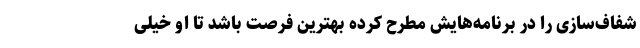
شفاف‌سازی را در برنامه‌هایش مطرح کرده بهترین فرصت باشد تا او خیلی